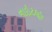
નાઇટહૂડ